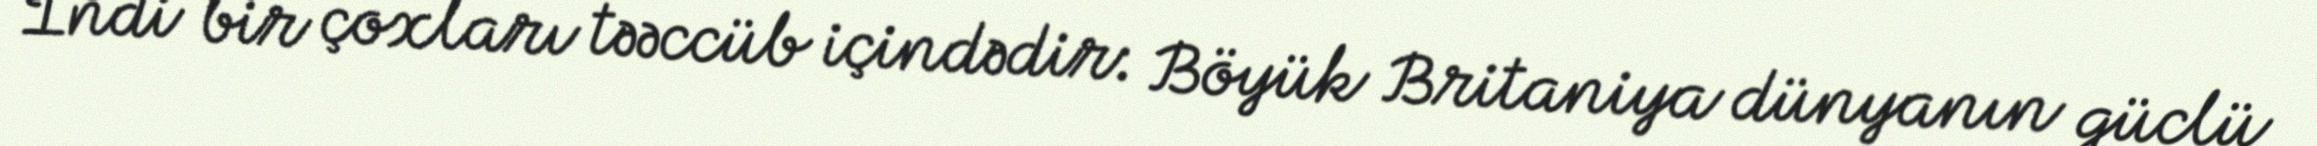
İndi bir çoxları təəccüb içindədir: Böyük Britaniya dünyanın güclü